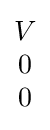
{\begin{matrix}V\\0\\0\end{matrix}}